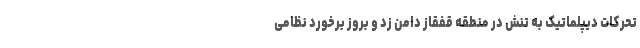
تحرکات دیپلماتیک به تنش در منطقه قفقاز دامن زد و بروز برخورد نظامی